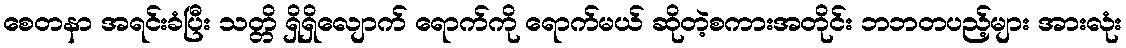
စေတနာ အရင်းခံပြီး သတ္တိ ရှိရှိလျောက် ရောက်ကို ရောက်မယ် ဆိုတဲ့စကားအတိုင်း ဘဘတပည့်များ အားလုံး